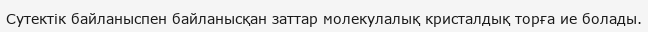
Сутектік байланыспен байланысқан заттар молекулалық кристалдық торға ие болады.